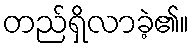
တည်ရှိလာခဲ့၏။